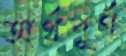
অর্থপূর্ণ